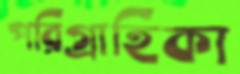
পরিগ্রাহিকা